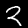
Label: 2